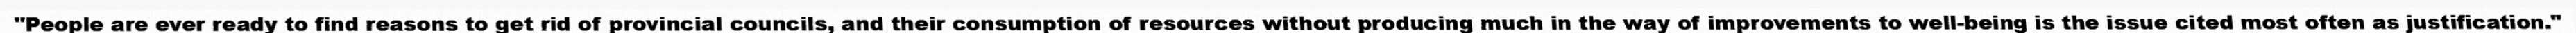
"People are ever ready to find reasons to get rid of provincial councils, and their consumption of resources without producing much in the way of improvements to well-being is the issue cited most often as justification."